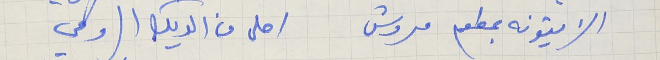
الزيتونه بمطعم مروش    احلى من الديك الرومي

الزيتونه بمطعم مروش  احلى من الديك الرومي